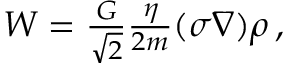
\begin{array} { r } { W = \frac { G } { \sqrt { 2 } } \frac { \eta } { 2 m } ( \sigma \nabla ) \rho \, , } \end{array}